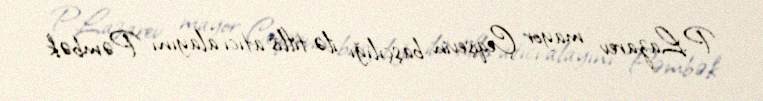
P.Lazarev mayor Çeqişevin başçılığı ilə tiflis atıcı alayını Pəmbək